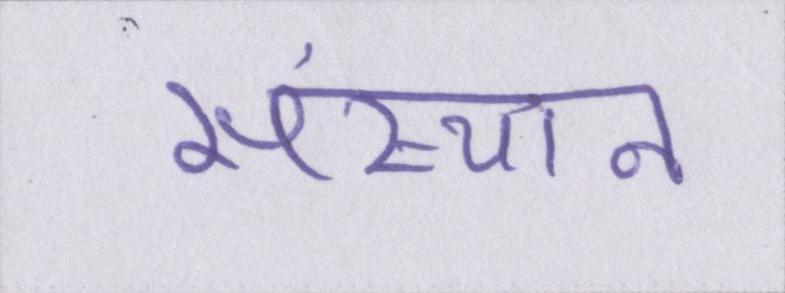
संस्थान